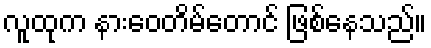
လူထုက နားဝေတိမ်တောင် ဖြစ်နေသည်။